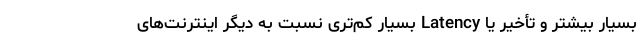
بسیار بیشتر و تأخیر یا Latency بسیار کم‌تری نسبت به دیگر اینترنت‌های